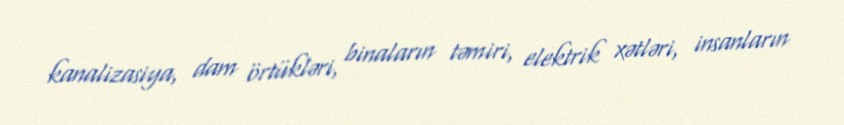
kanalizasiya, dam örtükləri, binaların təmiri, elektrik xətləri, insanların